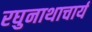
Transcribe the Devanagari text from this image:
रघुनाथाचार्य